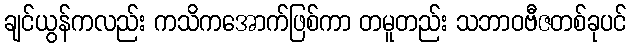
ချင်ယွန်ကလည်း ကသိကအောက်ဖြစ်ကာ တမူတည်း သဘာဝဗီဇတစ်ခုပင်